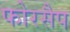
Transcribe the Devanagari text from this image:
फोरसैप